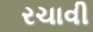
રચાવી